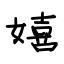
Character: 嬉